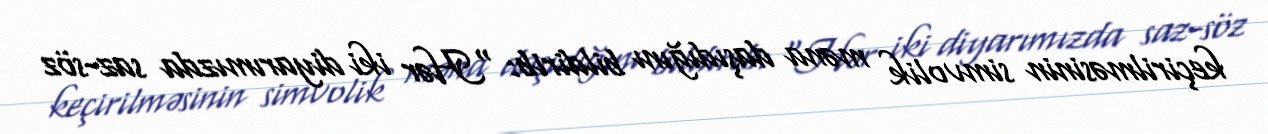
keçirilməsinin simvolik məna daşıdığını bildirib: “Hər iki diyarımızda saz-söz